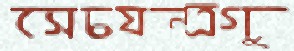
সেচযন্ত্রগু